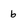
Character: b